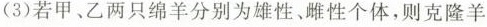
(3)若甲、乙两只绵羊分别为雄性、雌性个体，则克隆羊